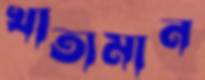
খাতামান